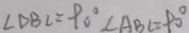
\angle D B C = 9 0 ^ { \circ } \angle A B C = 9 0 ^ { \circ }